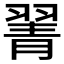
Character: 𦑖